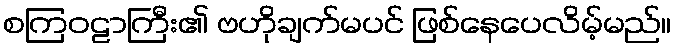
စကြဝဠာကြီး၏ ဗဟိုချက်မပင် ဖြစ်နေပေလိမ့်မည်။